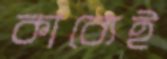
কাব্যেই